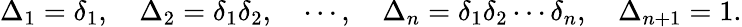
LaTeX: \Delta_{1}=\delta_{1},\quad\Delta_{2}=\delta_{1}\delta_{2},\quad\cdots,\quad\Delta_{n}=\delta_{1}\delta_{2}\cdots\delta_{n},\quad\Delta_{n+1}=1.